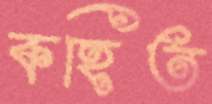
কহিত